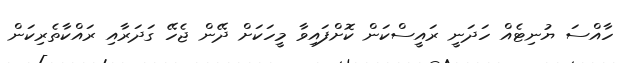
ހާއްސަ ޔުނިޓެއް ހަދަނީ ރައީސްކަން ކޮށްފައިވާ މީހަކަށް ދޭން ޖެހޭ ގަދަރާއި ރައްކާތެރިކަން